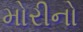
મોરીનો